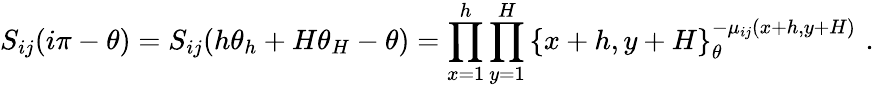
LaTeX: S_{ij}(i\pi-\theta)=S_{ij}(h\theta_{h}+H\theta_{H}-\theta)=\prod_{x=1}^{h}\prod_{y=1}^{H}\left\{ x+h,y+H\right\} _{\theta}^{-\mu_{ij}(x+h,y+H)}\, \, .